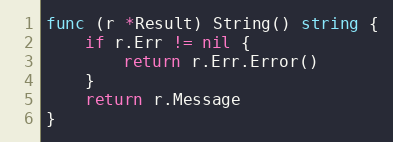
Language: Go
func (r *Result) String() string {
	if r.Err != nil {
		return r.Err.Error()
	}
	return r.Message
}